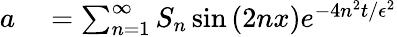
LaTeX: \begin{array}{rl}{a}&{{}=\sum_{n=1}^{\infty}S_{n}\sin\left(2nx\right)e^{-4n^{2}t/\epsilon^{2}}}\end{array}